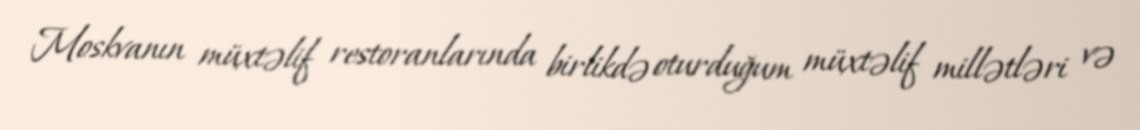
Moskvanın müxtəlif restoranlarında birlikdə oturduğum müxtəlif millətləri və